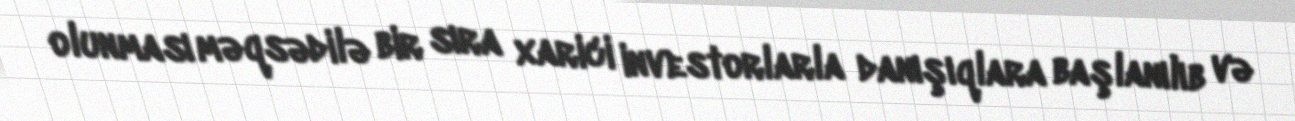
olunması məqsədilə bir sıra xarici investorlarla danışıqlara başlanılıb və